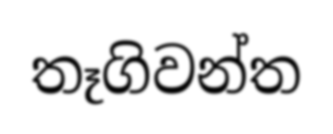
තෑගිවන්ත